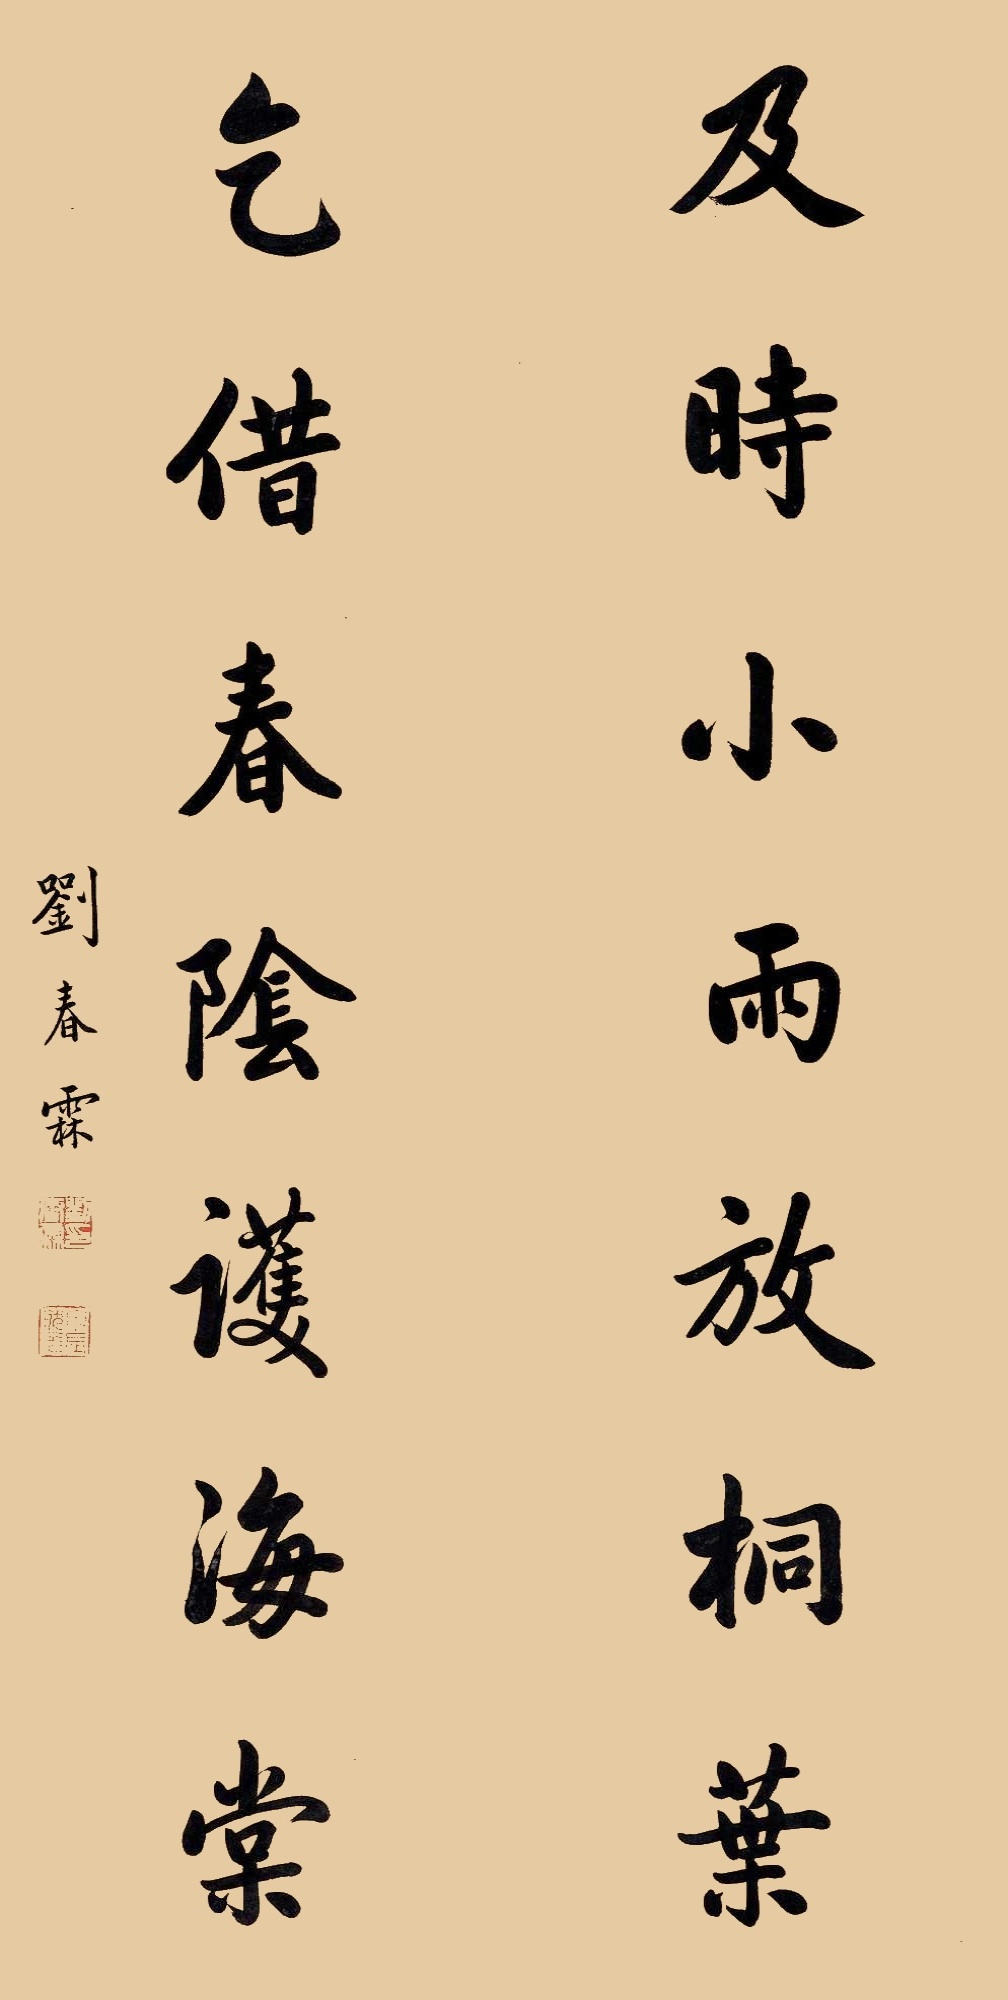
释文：及时小雨放桐叶，乞借春阴护海棠。刘春霖。